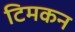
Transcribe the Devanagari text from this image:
टिमकन